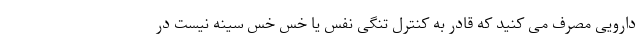
دارویی مصرف می کنید که قادر به کنترل تنگی نفس یا خس خس سینه نیست در